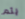
يتم